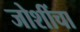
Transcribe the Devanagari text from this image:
जोशींचा